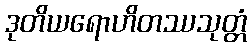
ဒုတိယရောဟိတဿသုတ္တံ